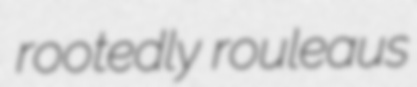
rootedly rouleaus